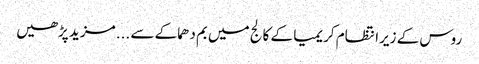
روس کے زیرانتظام کریمیا کے کالج میں بم دھماکے سے ... مزید پڑھیں